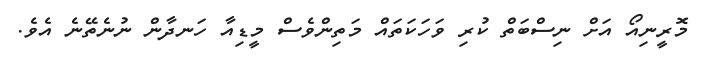
މޮރީނިއޯ އަށް ނިސްބަތް ކުރި ވަހަކަތައް މަތިންވެސް މީޑިއާ ހަނދާން ނުނެތޭނެ އެވެ.